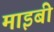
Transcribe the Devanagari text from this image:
माइबी